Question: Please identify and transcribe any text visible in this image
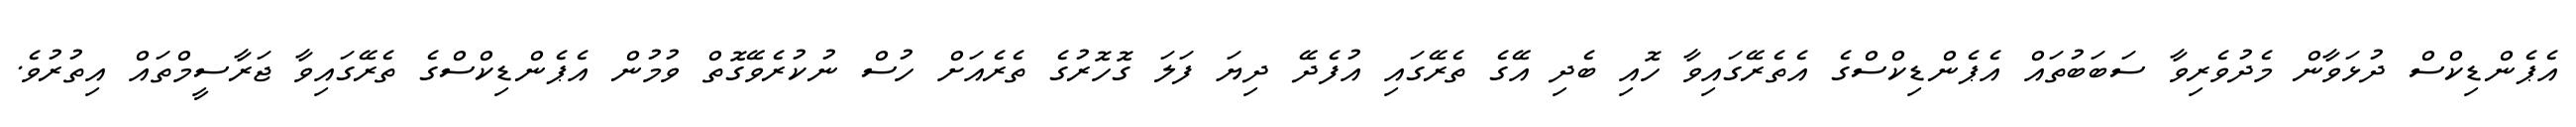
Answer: އެޕެންޑިކްސް ދުޅަވާން މެދުވެރިވާ ސަބަބުތައް އެޕެންޑިކްސްގެ އެތެރޭގައިވާ ހޮއި ބެދި އޭގެ ތެރޭގައި އުފެދޭ ދިޔަ ފަލަ ގޮހޮރުގެ ތެރެއަށް ހުސް ނުކުރެވޭގޮތް ވުމުން އެޕެންޑިކްސްގެ ތެރޭގައިވާ ޖަރާސީމްތައް އިތުރުވެ.